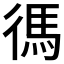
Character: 𫹞